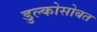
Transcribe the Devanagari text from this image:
डुल्कोसोबत